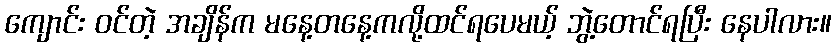
ကျောင်း ဝင်တဲ့ အချိန်က မနေ့တနေ့ကလို့ထင်ရပေမယ့် ဘွဲ့တောင်ရပြီး နေပါလား။